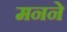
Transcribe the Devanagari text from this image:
मनने